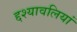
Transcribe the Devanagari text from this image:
द्दश्यावलियां